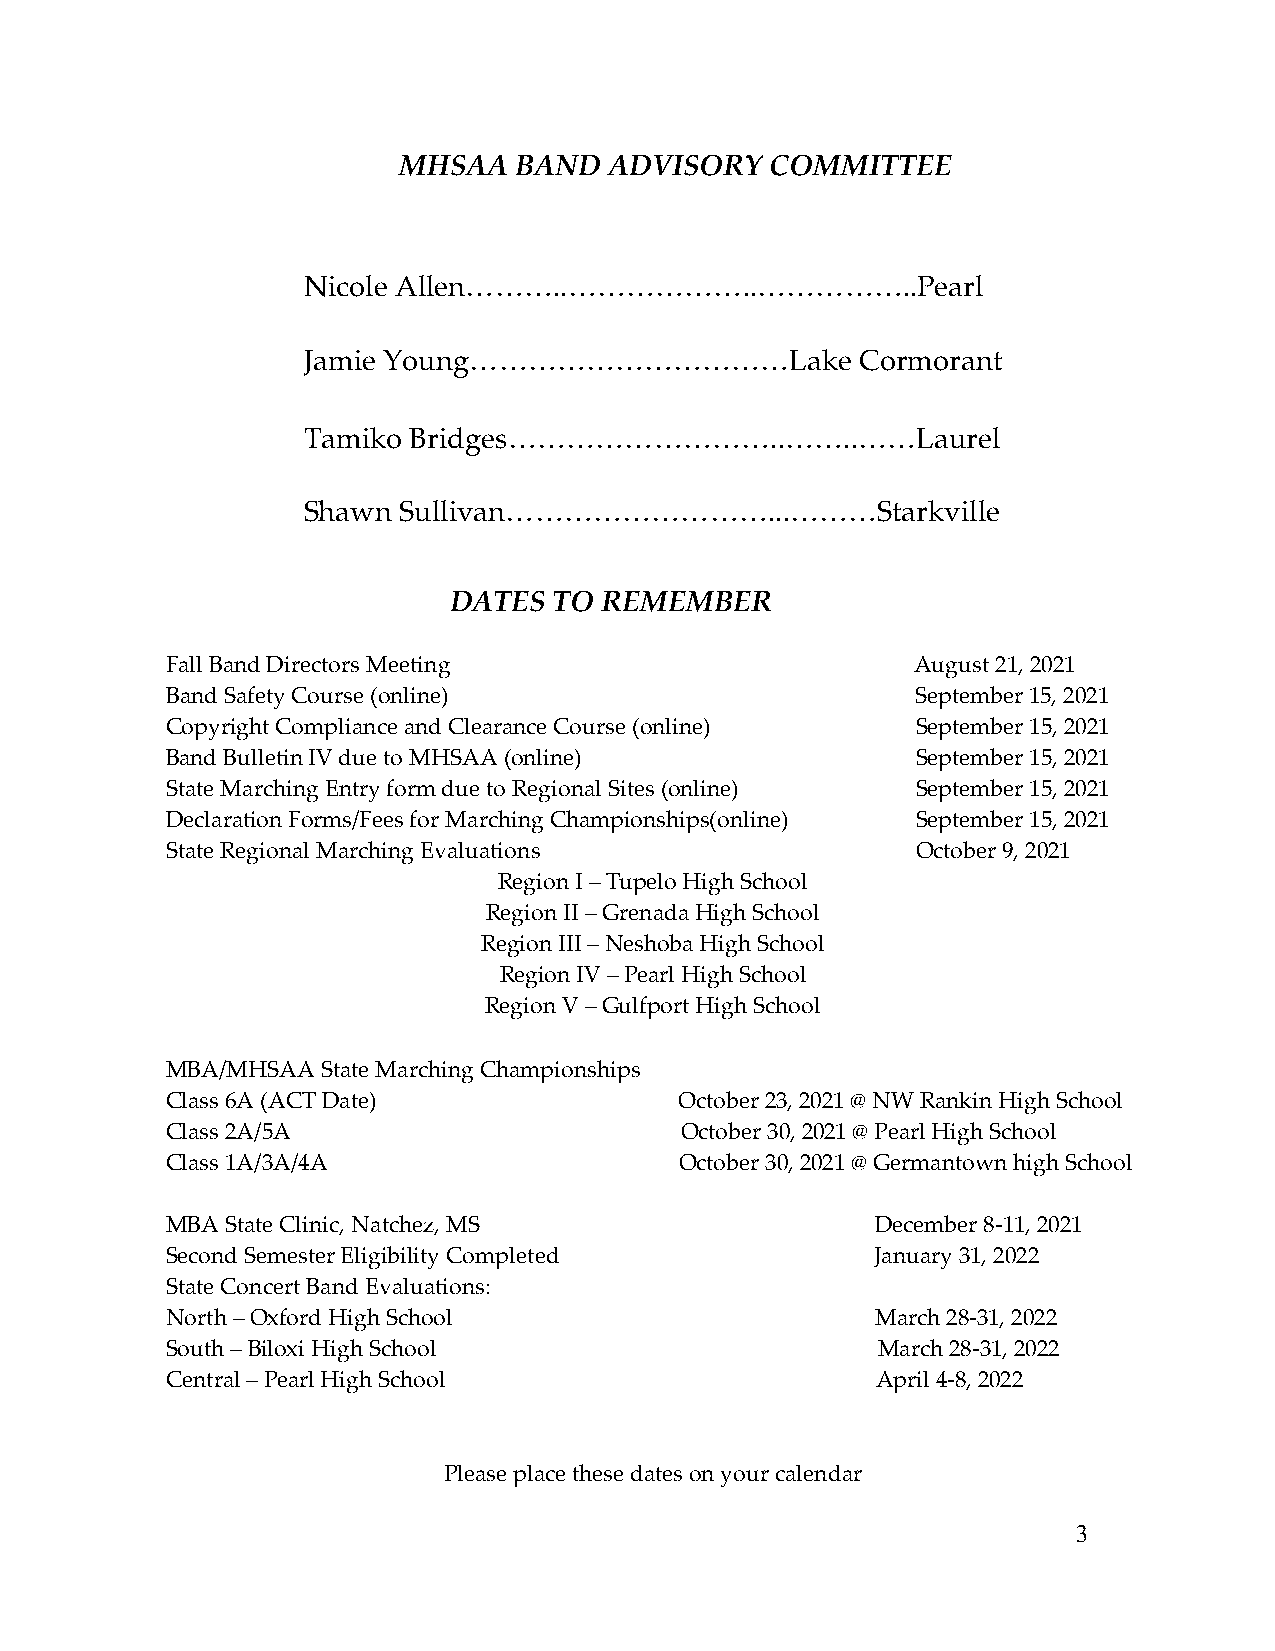
MHSAA   BAND  ADVISORY   COMMITTEE
 Nicole Allen………..………………..……………..Pearl
 Jamie Young……………………………Lake           Cormorant
 Tamiko Bridges………………………..……..……Laurel
 Shawn Sullivan………………………...………Starkville
 DATES  TO REMEMBER
 Fall Band Directors Meeting                       August 21, 2021
 Band Safety Course (online)                       September 15, 2021
 Copyright Compliance and Clearance Course (online) September 15, 2021
 Band Bulletin IV due to MHSAA (online)            September 15, 2021
 State Marching Entry form due to Regional Sites (online) September 15, 2021
 Declaration Forms/Fees for Marching Championships(online) September 15, 2021
 State Regional Marching Evaluations               October 9, 2021
 Region I – Tupelo High School
 Region II – Grenada High School
 Region III – Neshoba High School
 Region IV – Pearl High School
 Region V – Gulfport High School
 MBA/MHSAA State Marching Championships
 Class 6A (ACT Date)               October 23, 2021 @ NW Rankin High School
 Class 2A/5A                       October 30, 2021 @ Pearl High School
 Class 1A/3A/4A                    October 30, 2021 @ Germantown high School
 MBA State Clinic, Natchez, MS                  December 8-11, 2021
 Second Semester Eligibility Completed          January 31, 2022
 State Concert Band Evaluations:
 North – Oxford High School                     March 28-31, 2022
 South – Biloxi High School                     March 28-31, 2022
 Central – Pearl High School                    April 4-8, 2022
 Please place these dates on your calendar
 3